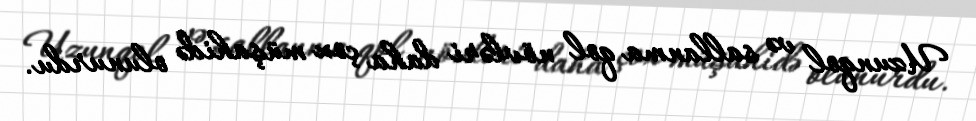
Uzunqol və sallanma qol növləri daha çox müşahidə olunurdu.